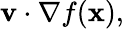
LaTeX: \mathbf{v}\cdot{\nabla f(\mathbf{x})},